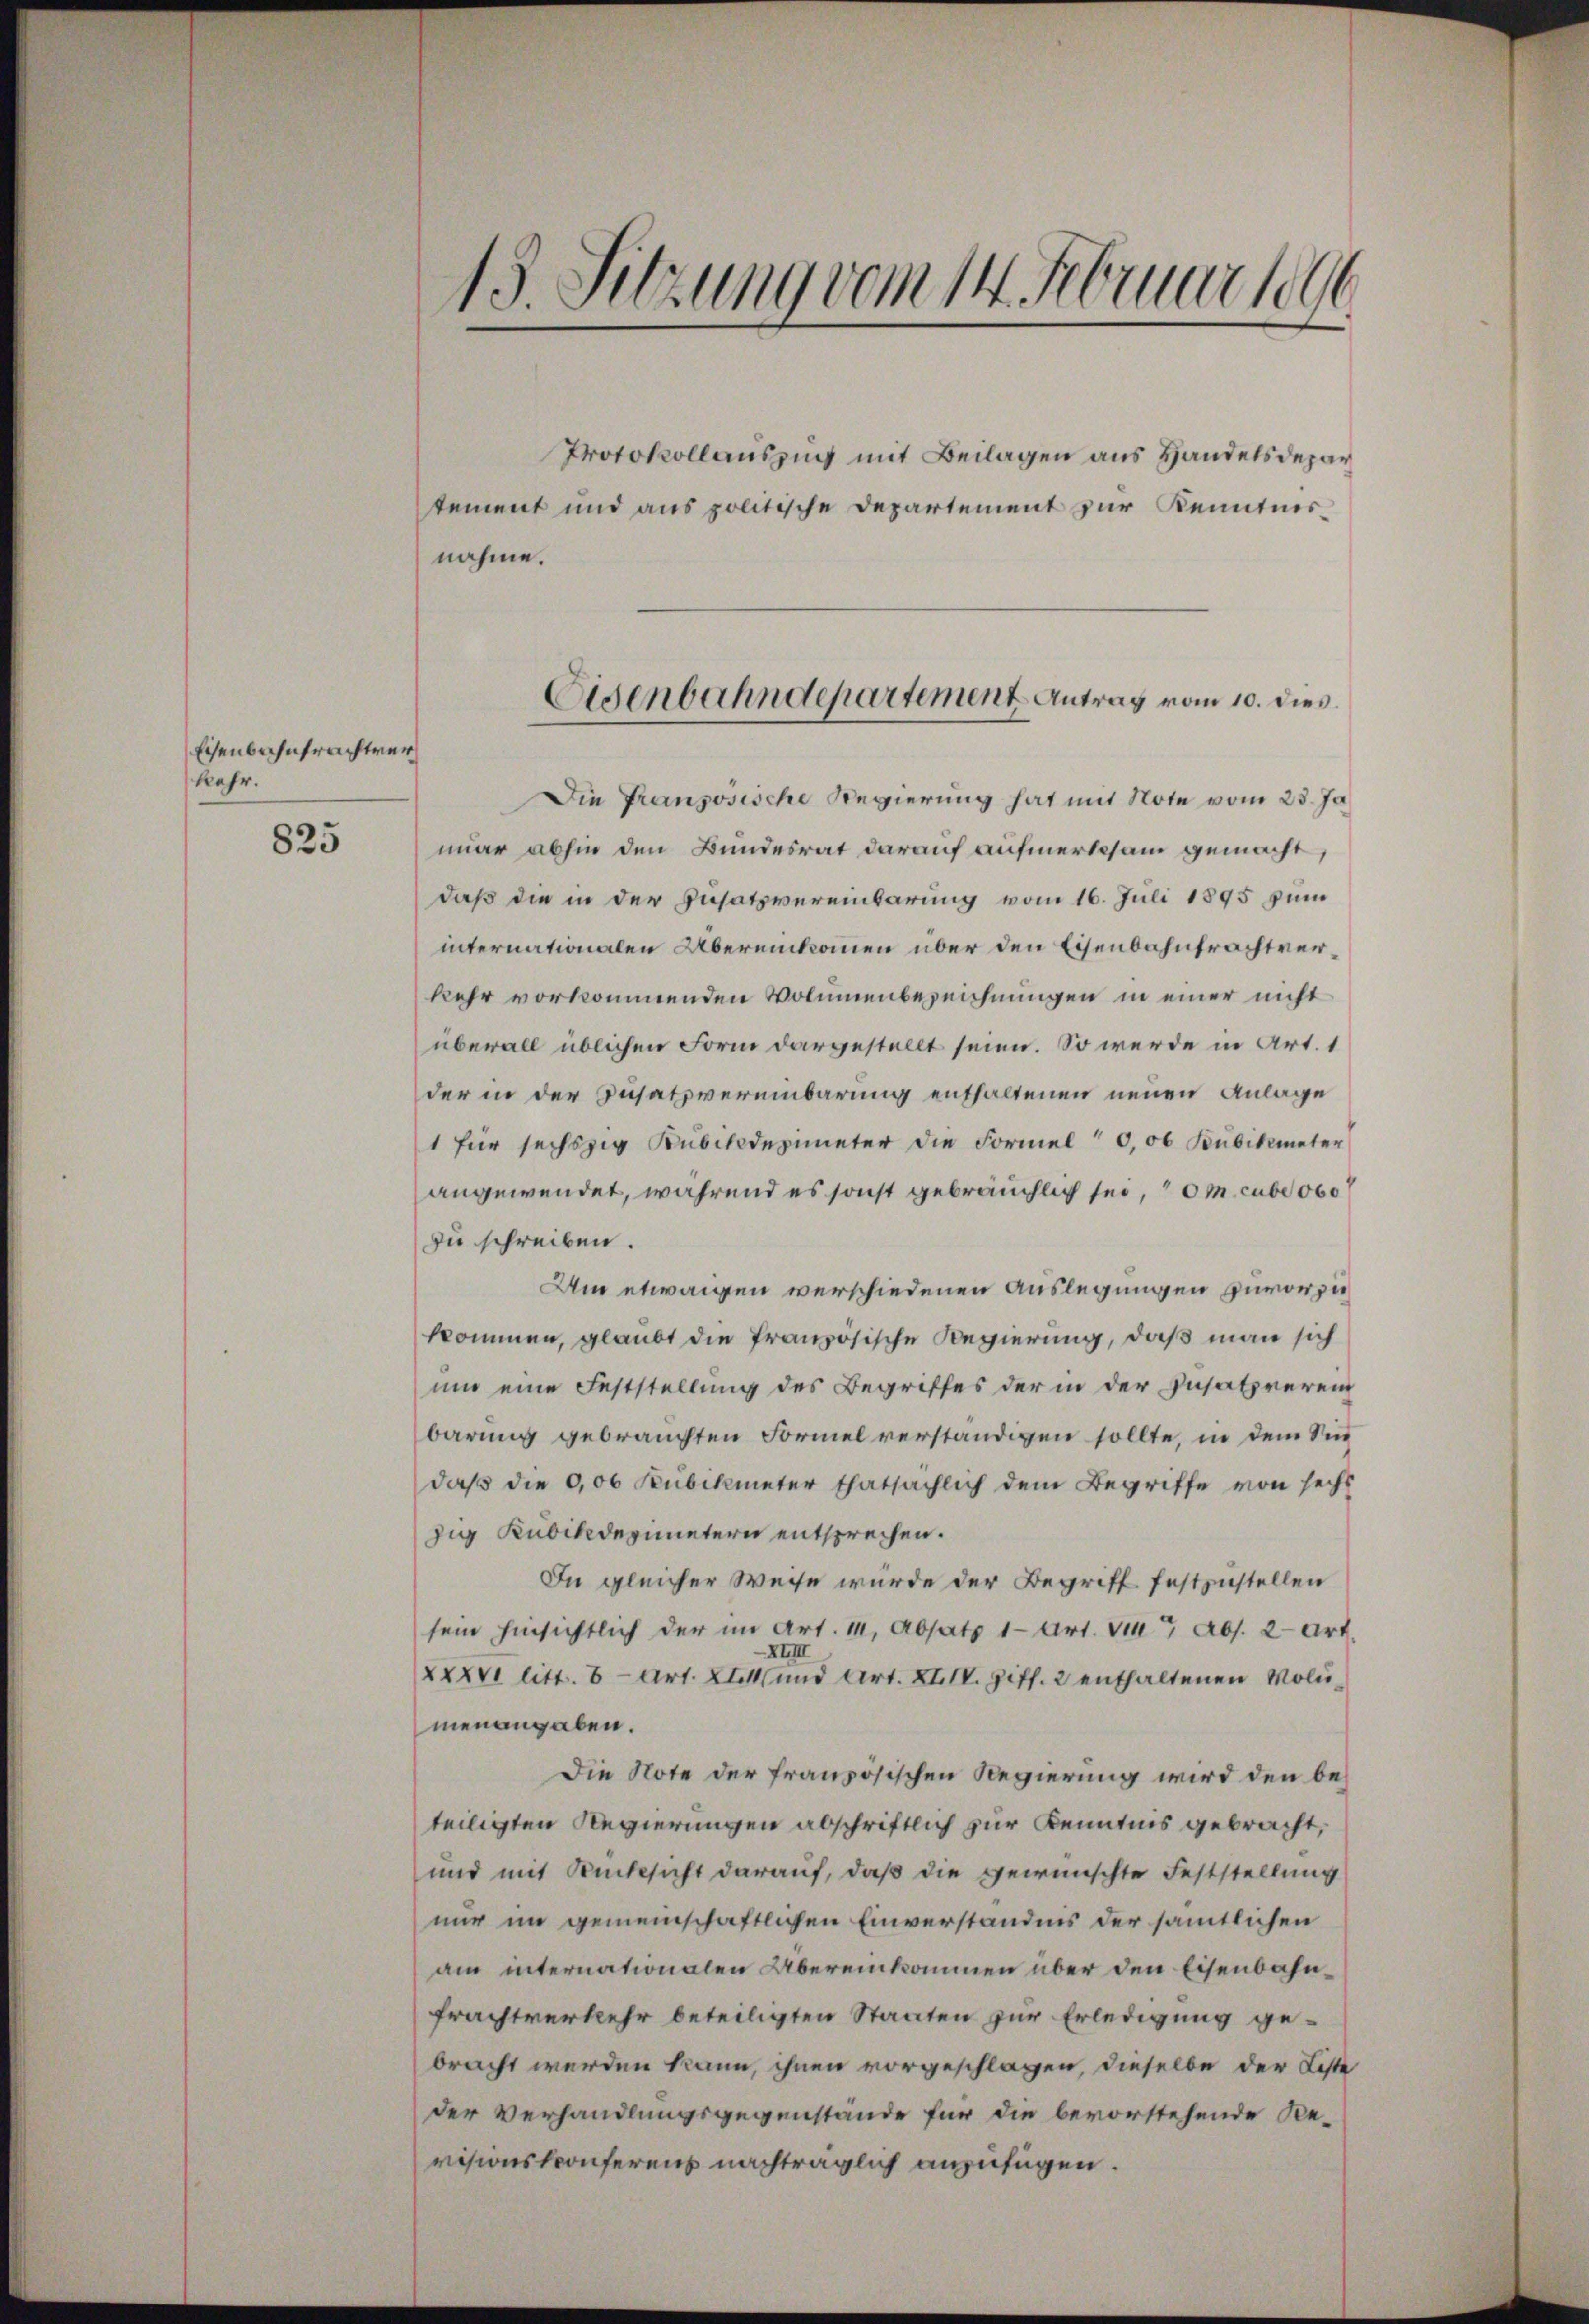
Eisenbahntrachtver
kehr.

825

13 Sitzung vom 14. Februar 1896

Protokollauszug mit Beilagen aus Handelsdepar
tement und aus politische Departement zur Kenntnis¬
Die Französische Regierung hat mit Note vom 23. Ja
nuar abhin den Bundesrat darauf aufmerksam gemacht,
daß die in der Insatzvereinbarung vom 16. Juli 1895 zum
internationalen Übereinkommen über den Eisenbahnfrachtverkehr vorkommenden Volumenbezeichnungen in einer nicht
überall üblichen Form dargestellt seien. So werde in Art. 1
der in der Insatzvereinbarung enthaltenen neuen Anlage
1 für sechszig Kubikdezimeter die Formel" 0,06 Bubikmeter
angewendet, während es sonst gebräuchlich sei, m. cube obe
zu schreiben.
Um etwaigen verschiedenen Auslegungen zuvorzukommen, glaubt die französische Regierung, daß man sich
um eine Feststellung des Begriffes der in der Insatzreren
barung gebrauchten Formel verständigen sollte, in dem Sind
daß die 0,00 Kubikmeter thatsächlich dem Begriffe von sechs
zig Kubikedezimetern entsprechen.
In gleicher Weise würde der Begriff festzustellen
sein hinsichtlich der im Art. 11, Absatz 1 Art. 117 Abs. 2 Art.
XIII
XXXVI litt. 8 Art. XI. und Art. XIII. Ziff. 2 enthaltenen Molumenangaben.
Die Note der französischen Regierung wird den beteiligten Regierungen abschriftlich zur Kenntnis gebracht,
und mit Rücksicht darauf, daß die gewünschte Feststellung
nur im gemeinschaftlichen Einverständnis der sämtlichen
am internationalen Übereinkommen über den Eisenbahnfrachtverkehr beteiligten Staaten zur Erledigung gebracht werden kann, ihnen vorgeschlagen, dieselbe der Liste
der Verhandlungsgegenstände für die bevorstehende Re-
visionskonferens nachträglich anzufügen.

nahme.

Eisenbahndepartement Antrag vom 10. dies